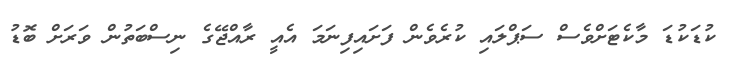
ކުޑަކުޑަ މާކެޓަށްވެސް ސަޕްލައި ކުރެވެން ފަށައިފިނަމަ އެއީ ރާއްޖޭގެ ނިސްބަތުން ވަރަށް ބޮޑު